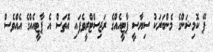
ޕޭ ކޮމިޝަންގެ މެންބަރަކު ސިޔާސީ ޕާޓީއެއްގެ ރަޖިސްޓްރީވެފައި އޮތަސް އެ ޕާޓީއެއްގެ އެއްވެސް